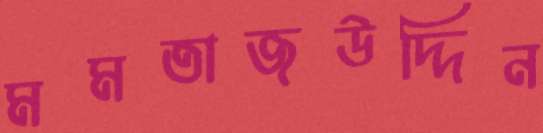
মমতাজউদ্দিন